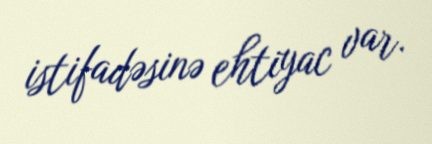
istifadəsinə ehtiyac var.